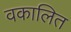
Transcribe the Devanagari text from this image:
वकालित